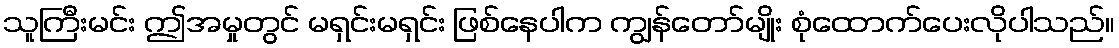
သူကြီးမင်း ဤအမှုတွင် မရှင်းမရှင်း ဖြစ်နေပါက ကျွန်တော်မျိုး စုံထောက်ပေးလိုပါသည်။